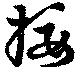
挼